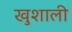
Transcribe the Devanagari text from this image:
खुशाली